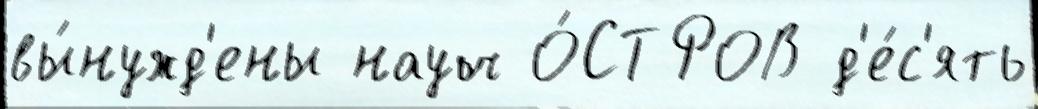
вы́нужд'ены науч О́СТРОВ д'е́с'ять